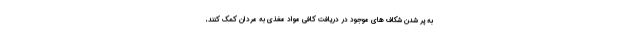
به پر شدن شکاف های موجود در دریافت کافی مواد مغذی به مردان کمک کنند،